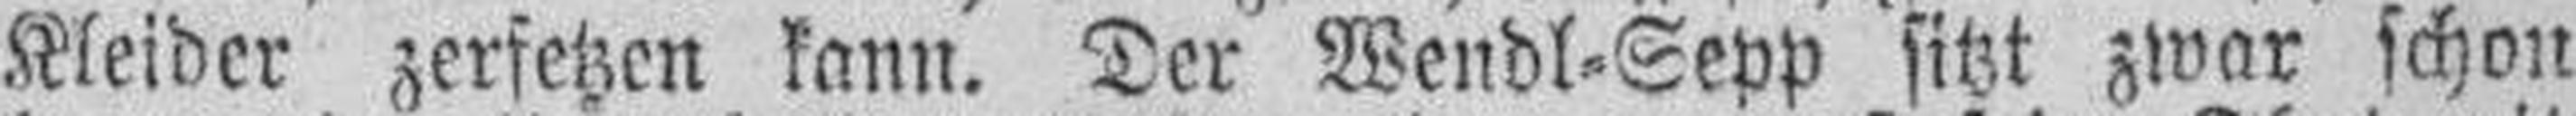
Kleider zerfetzen kann. Der Wendl=Sepp sitzt zwar schon